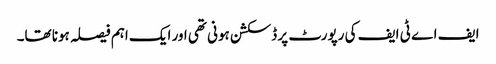
ایف اے ٹی ایف کی رپورٹ پر ڈسکشن ہونی تھی اور ایک اہم فیصلہ ہونا تھا۔